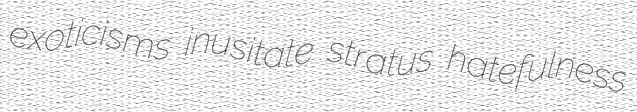
exoticisms inusitate stratus hatefulness